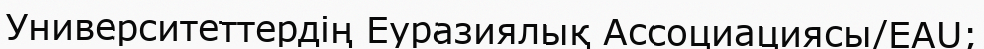
Университеттердің Еуразиялық Ассоциациясы/EAU;